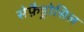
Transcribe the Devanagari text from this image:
सेफ़ैड्रोसिल